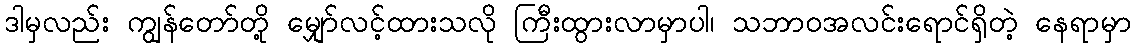
ဒါမှလည်း ကျွန်တော်တို့ မျှော်လင့်ထားသလို ကြီးထွားလာမှာပါ၊ သဘာဝအလင်းရောင်ရှိတဲ့ နေရာမှာ